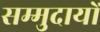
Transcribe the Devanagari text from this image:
सम्मुदायों